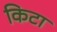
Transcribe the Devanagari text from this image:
किटा